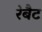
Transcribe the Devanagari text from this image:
रेबैट